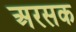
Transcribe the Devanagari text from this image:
अरसक